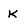
Character: K